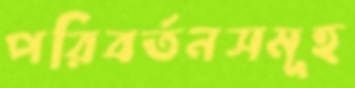
পরিবর্তনসমূহ